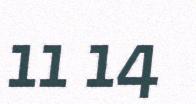
11 14